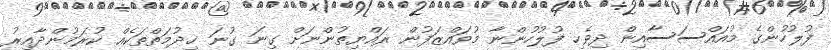
ފުލުހުންގެ މުއައްސަސާއިން ދިވެހި ފުލުހުންނާ މުވައްޒަފުން ރައްޔިތުންނަށް ގިނަ ގުނަ ޚިދުމަތްތަކެއް ކުރަމުންދާއިރު